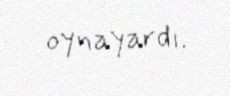
oynayardı.